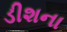
ડીશના